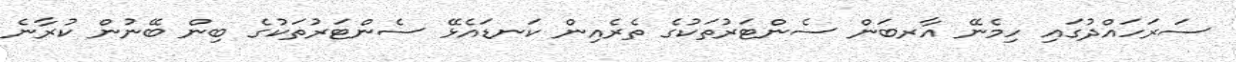
ސަރަހައްދުގައި ހިމެނޭ އާރބަން ސެންޓަރުތަކުގެ ތެރެއިން ކަނޑައެޅޭ ސެންޓަރުތަކުގެ ބިން ބޭނުން ކުރާނެ